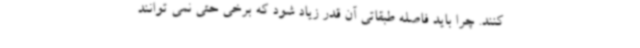
کنند. چرا باید فاصله طبقاتی آن قدر زیاد شود که برخی حتی نمی توانند